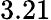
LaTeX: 3.21